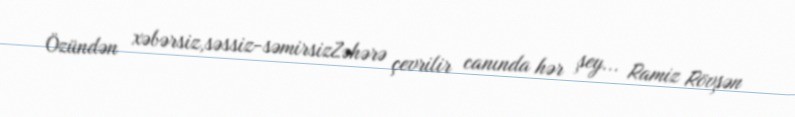
Özündən xəbərsiz,səssiz-səmirsizZəhərə çevrilir canında hər şey... Ramiz Rövşən